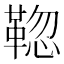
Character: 𩋚